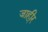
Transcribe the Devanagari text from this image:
जाही्र